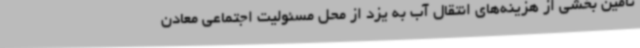
تامین بخشی از هزینه‌های انتقال آب به یزد از محل مسئولیت اجتماعی معادن